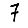
Digit: 7